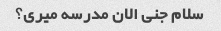
سلام جنی الان مدرسه میری؟